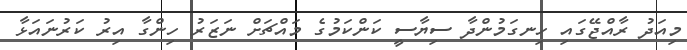
މިއަދު ރާއްޖޭގައި ހިނގަމުންދާ ސިޔާސީ ކަންކަމުގެ މައްޗަށް ނަޒަރު ހިންގާ އިރު ކަރުނައަޅާ